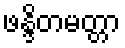
ဖန္ဒိတမတ္တာ